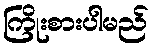
ကြိုးစားပါမည်